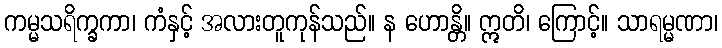
ကမ္မသရိက္ခကာ၊ ကံနှင့် အလားတူကုန်သည်။ န ဟောန္တိ။ ဣတိ၊ ကြောင့်။ သာရမ္မဏာ၊